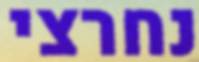
נחרצי